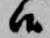
候